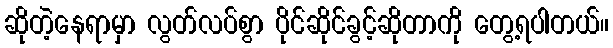
ဆိုတဲ့နေရာမှာ လွတ်လပ်စွာ ပိုင်ဆိုင်ခွင့်ဆိုတာကို တွေ့ရပါတယ်။